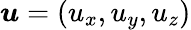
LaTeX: \boldsymbol{u}=(u_{x},u_{y},u_{z})